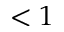
< 1